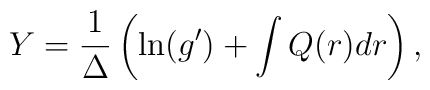
Y =  \frac{1}{\Delta}\left( \ln (g') + \int Q(r)dr \right),